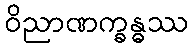
ဝိညာဏက္ခန္ဓဿ